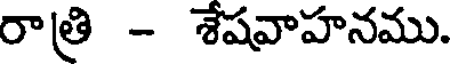
రాత్రి - శేషవాహనము.